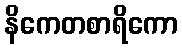
နိကေတစာရိကော